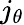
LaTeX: j_{\theta}